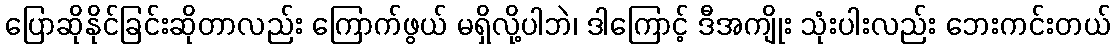
ပြောဆိုနိုင်ခြင်းဆိုတာလည်း ကြောက်ဖွယ် မရှိလို့ပါဘဲ၊ ဒါကြောင့် ဒီအကျိုး သုံးပါးလည်း ဘေးကင်းတယ်